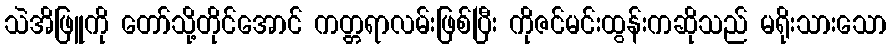
သဲအိဖြူကို တော်သို့တိုင်အောင် ကတ္တရာလမ်းဖြစ်ပြီး ကိုဇင်မင်းထွန်းကဆိုသည် မရိုးသားသော